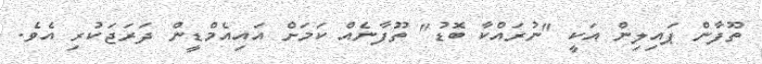
ތޫފާން ޕައިލިން އަކީ "ނުރައްކާ ބޮޑު" ތޫފާނެއް ކަމަށް އައިއެމްޑީން ދަރަޖަކުރި އެވެ.